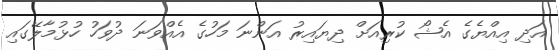
އަދި އިއްޔެގެ އެޝޯ ކުރިއަށް ދިޔައިރު އަންނަ މަހުގެ އެއްވަަނަ ދުވަހު ހުޅުމާލޭގައި